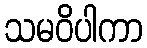
သမဝိပါကာ